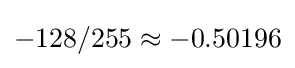
-128/255\approx -0.50196